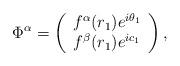
LaTeX: \begin{align*}\Phi^{\alpha}=\left(\begin{array}{c} f^{\alpha}(r_{1})e^{i\theta_{1}} \\ f^{\beta}(r_{1})e^{i c_{1}} \end{array}\right),\end{align*}